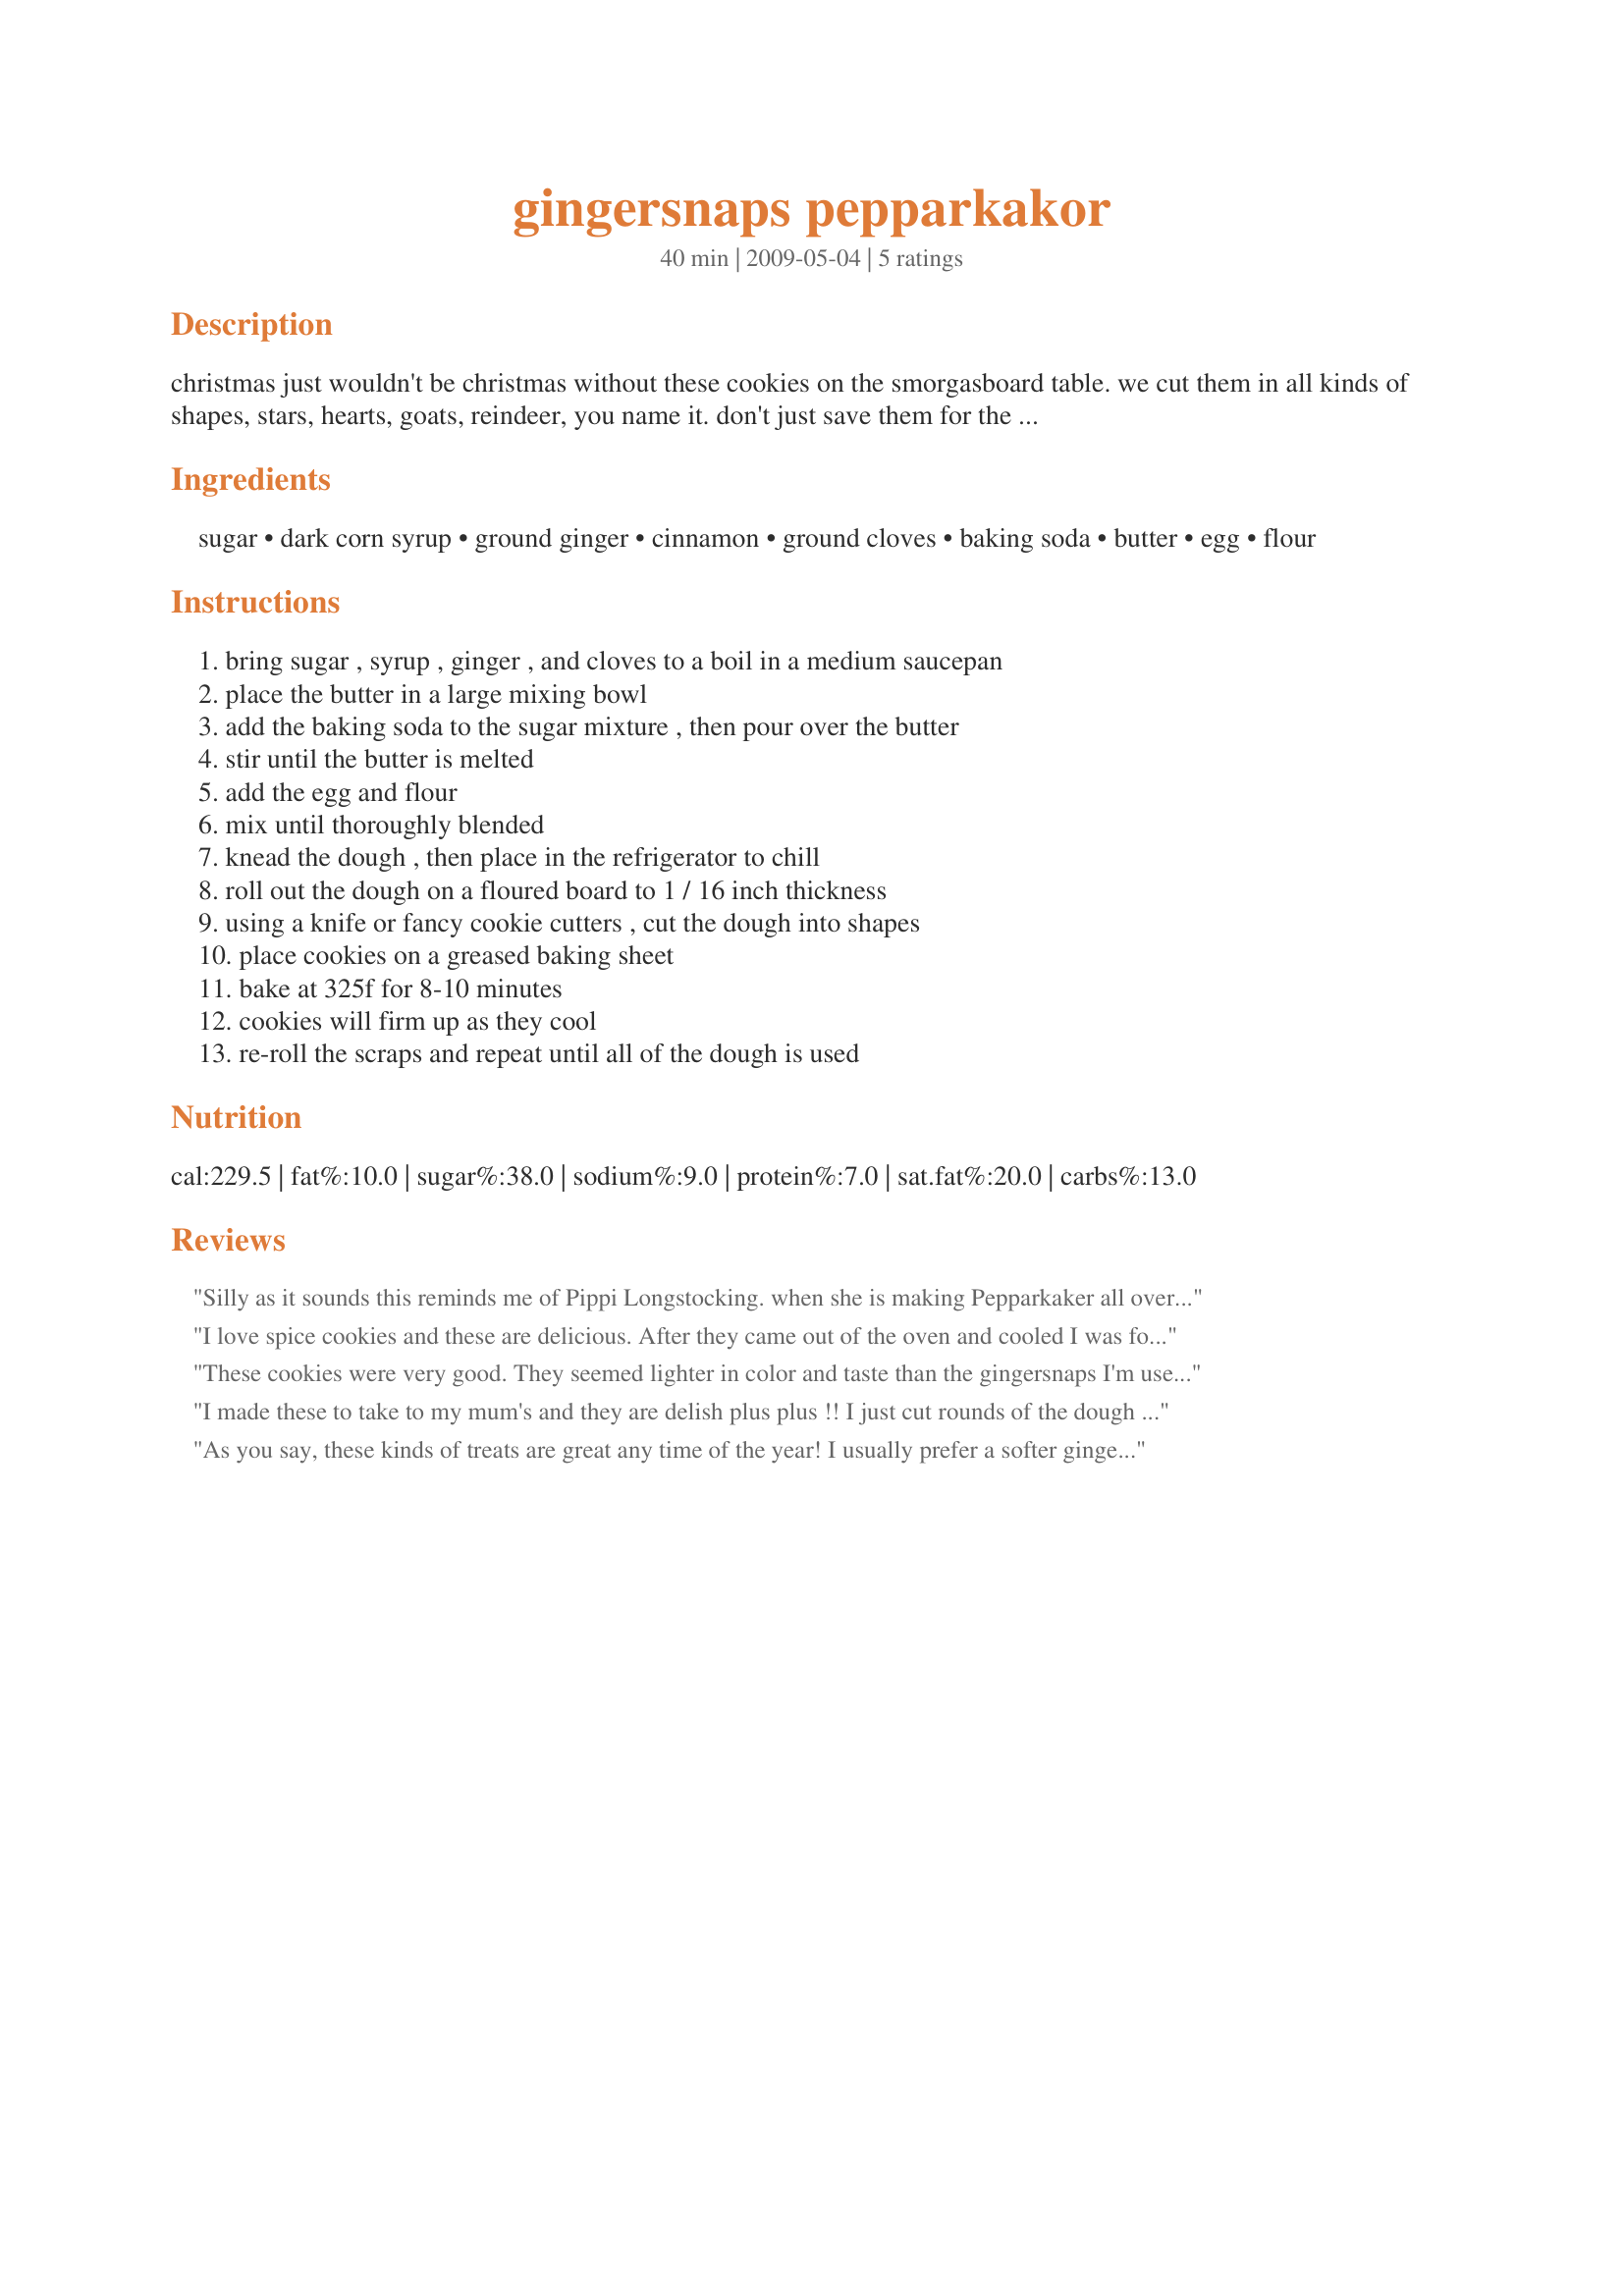
gingersnaps pepparkakor
Preparation time: 40 minutes

christmas just wouldn't be christmas without these cookies on the smorgasboard table. we cut them in all kinds of shapes, stars, hearts, goats, reindeer, you name it. don't just save them for the holidays, however, these are great any time of the year. it's key to roll these very thin before cutting out, as that is what gives the cookie it's traditional "snap". these cookies are a bit of work, but the dough freezes beautifully, so make a batch of dough, cut and bake a few, then freeze the rest for another day.

Ingredients:
sugar, dark corn syrup, ground ginger, cinnamon, ground cloves, baking soda, butter, egg, flour

Steps:
bring sugar , syrup , ginger , and cloves to a boil in a medium saucepan, place the butter in a large mixing bowl, add the baking soda to the sugar mixture , then pour over the butter, stir until the butter is melted, add the egg and flour, mix until thoroughly blended, knead the dough , then place in the refrigerator to chill, roll out the dough on a floured board to 1 / 16 inch thickness, using a knife or fancy cookie cutters , cut the dough into shapes, place cookies on a greased baking sheet, bake at 325f for 8-10 minutes, cookies will firm up as they cool, re-roll the scraps and repeat until all of the dough is used

Reviews:
Silly as it sounds this reminds me of Pippi Longstocking. when she is making Pepparkaker all over the kitchen floor. But I will definitly add this to my Christmas cookie repertoire
I love spice cookies and these are delicious. After they came out of the oven and cooled I was forced to make a second cup of coffee in order to be able to properly test the cookies for review. I know, it&#039;s hard work - dunk a cookie - take a bite - dunk the cookie- take a bite, but someone has to do it! LOL. I like the crispness (crisp is better for dunking after all) and the lovely spice taste and aroma are a delight. So glad that I chose to make these for ZWT 9. :D
These cookies were very good. They seemed lighter in color and taste than the gingersnaps I'm used to eating, but still very tasty. Since I wasn't making these for Christmas, I just used a round cookie cutter. I had to make these cookies gluten free, by using GF baking flour, and would rate the finished product a "4" , but am rating the recipe 5 stars because I'm sure they would have been even better with regular flour. Made for Photo Tag.
I made these to take to my mum's and they are delish plus plus !! I just cut rounds of the dough log after it had been in the fridge and shaped them into little rounds. I also put in some chocky chips that melted through out the dough . They are pretty yummy !!
As you say, these kinds of treats are great any time of the year! I usually prefer a softer gingerbread, but now & then I like the 'snaps' as well, & we were certainly satisfied with these wonderful munchies! Made them all up this time, but might just do some dough freezing the next time! Thanks for sharing the recipe! [Made & reviewed as a THANK YOU for tagging in PRMR during the recent Tic-Tac-Toe event]
